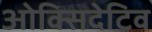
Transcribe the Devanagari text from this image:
ओक्सिदेटिव